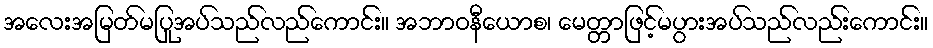
အလေးအမြတ်မပြုအပ်သည်လည်ကောင်း။ အဘာဝနီယောစ၊ မေတ္တာဖြင့်မပွားအပ်သည်လည်းကောင်း။